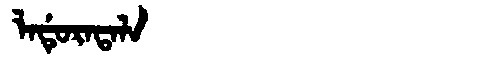
Manchu: ᠯᠠᡩᡠᡵᠠᡨᠠᠯᠠ
Romanization: LADURATALA